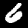
Label: 6